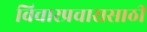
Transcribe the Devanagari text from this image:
विचारप्रचारासाठी